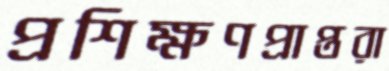
প্রশিক্ষণপ্রাপ্তরা